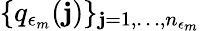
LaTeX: \{ q_{\epsilon_{m}}(\mathbf{j})\} _{\mathbf{j}=1,\dots,n_{\epsilon_{m}}}